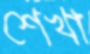
শেখা